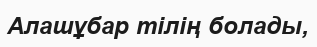
Алашұбар тілің болады‚